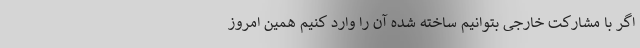
اگر با مشارکت خارجی بتوانیم ساخته شده آن را وارد کنیم همین امروز